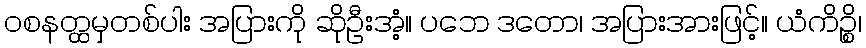
ဝစနတ္ထမှတစ်ပါး အပြားကို ဆိုဦးအံ့။ ပဘေ ဒတော၊ အပြားအားဖြင့်။ ယံကိဉ္စိ၊